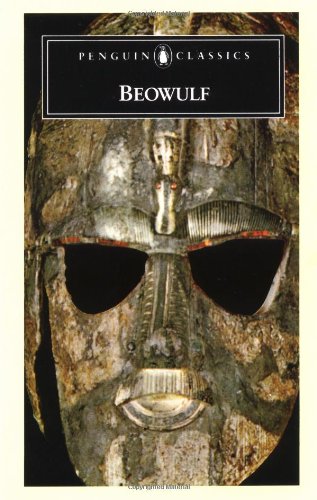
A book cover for Beowulf: A Prose Translation (Penguin Classics)paperback; Anonymous; Literature & Fiction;